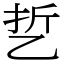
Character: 乴